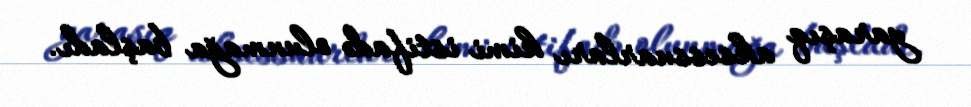
yaraşıq aksessuarları kimi istifadə olunmağa başladı.